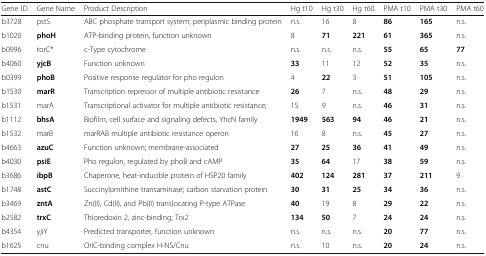
<table><thead><tr><td><b>Gene ID</b></td><td><b>Gene Name</b></td><td><b>Product Description</b></td><td><b>Hg t10</b></td><td><b>Hg t30</b></td><td><b>Hg t60</b></td><td><b>PMA t10</b></td><td><b>PMA t30</b></td><td><b>PMA t60</b></td></tr></thead><tbody><tr><td>b3728</td><td>pstS</td><td>ABC phosphate transport system; periplasmic binding protein</td><td>n.s.</td><td>16</td><td>8</td><td><b>86</b></td><td><b>165</b></td><td>n.s.</td></tr><tr><td>b1020</td><td><b>phoH</b></td><td>ATP-binding protein, function unknown</td><td>8</td><td><b>71</b></td><td><b>221</b></td><td><b>61</b></td><td><b>365</b></td><td>n.s.</td></tr><tr><td>b0996</td><td>torC*</td><td>c-Type cytochrome</td><td>n.s.</td><td>n.s.</td><td>n.s.</td><td><b>55</b></td><td><b>65</b></td><td><b>77</b></td></tr><tr><td>b4060</td><td><b>yjcB</b></td><td>Function unknown</td><td><b>33</b></td><td>11</td><td>12</td><td><b>52</b></td><td><b>35</b></td><td>n.s.</td></tr><tr><td>b0399</td><td><b>phoB</b></td><td>Positive response regulator for pho regulon</td><td>4</td><td><b>22</b></td><td>3</td><td><b>51</b></td><td><b>105</b></td><td>n.s.</td></tr><tr><td>b1530</td><td><b>marR</b></td><td>Transcription repressor of multiple antibiotic resistance</td><td><b>26</b></td><td>7</td><td>n.s.</td><td><b>48</b></td><td><b>29</b></td><td>n.s.</td></tr><tr><td>b1531</td><td>marA</td><td>Transcriptional activator for multiple antibiotic resistance;</td><td>15</td><td>9</td><td>n.s.</td><td><b>46</b></td><td><b>31</b></td><td>n.s.</td></tr><tr><td>b1112</td><td><b>bhsA</b></td><td>Biofilm, cell surface and signaling defects, YhcN family</td><td><b>1949</b></td><td><b>563</b></td><td><b>94</b></td><td><b>46</b></td><td><b>21</b></td><td>n.s.</td></tr><tr><td>b1532</td><td>marB</td><td>marRAB multiple antibiotic resistance operon</td><td>16</td><td>8</td><td>n.s.</td><td><b>45</b></td><td><b>27</b></td><td>n.s.</td></tr><tr><td>b4663</td><td><b>azuC</b></td><td>Function unknown; membrane-associated</td><td><b>27</b></td><td><b>25</b></td><td><b>36</b></td><td><b>41</b></td><td><b>49</b></td><td>n.s.</td></tr><tr><td>b4030</td><td><b>psiE</b></td><td>Pho regulon, regulated by phoB and cAMP</td><td><b>35</b></td><td><b>64</b></td><td>17</td><td><b>38</b></td><td><b>59</b></td><td>n.s.</td></tr><tr><td>b3686</td><td><b>ibpB</b></td><td>Chaperone, heat-inducible protein of HSP20 family</td><td><b>402</b></td><td><b>124</b></td><td><b>281</b></td><td><b>37</b></td><td><b>211</b></td><td>9</td></tr><tr><td>b1748</td><td><b>astC</b></td><td>Succinylornithine transaminase; carbon starvation protein</td><td><b>30</b></td><td><b>31</b></td><td><b>25</b></td><td><b>34</b></td><td><b>36</b></td><td>n.s.</td></tr><tr><td>b3469</td><td><b>zntA</b></td><td>Zn(II), Cd(II), and Pb(II) translocating P-type ATPase</td><td><b>40</b></td><td>19</td><td>8</td><td><b>29</b></td><td><b>22</b></td><td>n.s.</td></tr><tr><td>b2582</td><td><b>trxC</b></td><td>Thioredoxin 2, zinc-binding; Trx2</td><td><b>134</b></td><td><b>50</b></td><td>7</td><td><b>24</b></td><td><b>24</b></td><td>n.s.</td></tr><tr><td>b4354</td><td>yjiY</td><td>Predicted transporter, function unknown</td><td>n.s.</td><td>n.s.</td><td>n.s.</td><td><b>20</b></td><td><b>77</b></td><td>n.s.</td></tr><tr><td>b1625</td><td>cnu</td><td>OriC-binding complex H-NS/Cnu</td><td>n.s.</td><td>10</td><td>n.s.</td><td><b>20</b></td><td><b>24</b></td><td>n.s.</td></tr></tbody></table>